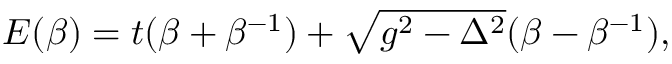
\begin{array} { r } { E ( \beta ) = t ( \beta + \beta ^ { - 1 } ) + \sqrt { g ^ { 2 } - \Delta ^ { 2 } } ( \beta - \beta ^ { - 1 } ) , } \end{array}